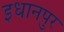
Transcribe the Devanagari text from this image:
इधानपुर